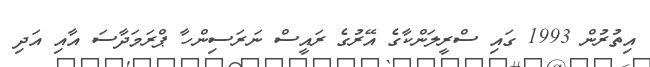
އިތުރުން 1993 ގައި ސްރީލަންކާގެ އޭރުގެ ރައީސް ނަރަސިންހާ ޕްރަމަދާސަ އާއި އަދި